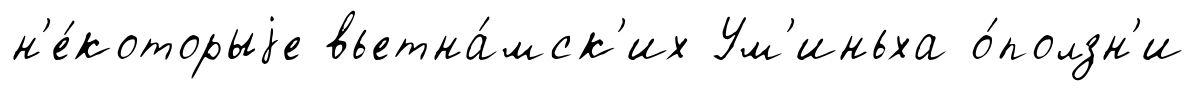
н'е́которыjе вьетна́мск'их Ум'иньха о́ползн'и